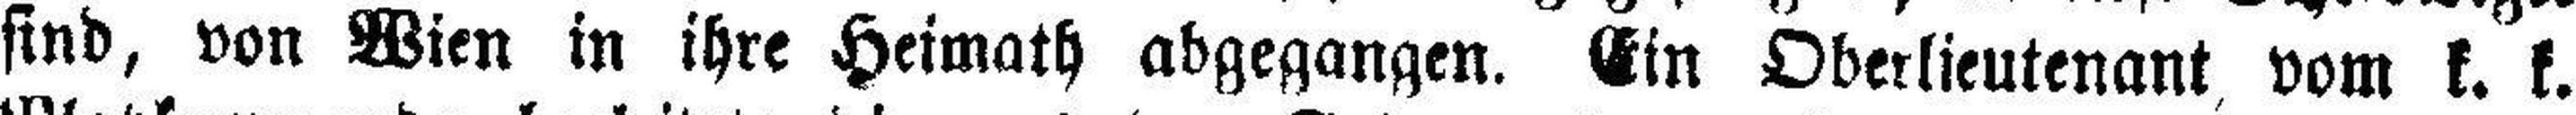
sind, von Wien in ihre Heimath abgegangen. Ein Oberlieutenant vom k. k.